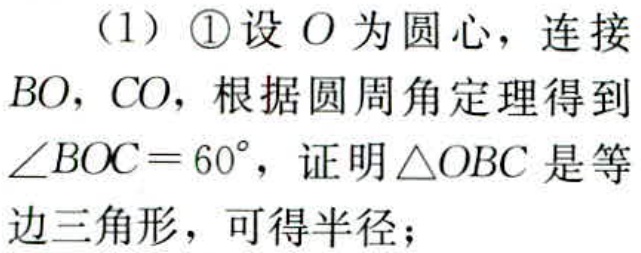
（1）\textcircled{1}设\(O\)为圆心，连接\(BO,CO\)，根据圆周角定理得到\(\angle BOC = 60^{\circ}\)，证明\(\triangle OBC\)是等边三角形，可得半径；